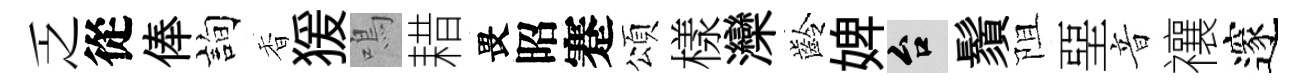
乏從俸詢香猨鳴耤畏昭蹇頌樣灤齡婢台鬚阻堊音禳邃